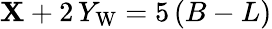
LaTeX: \mathbf{X}+2\, Y_{\mathrm{{W}}}=5\, (B-L)